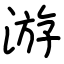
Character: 游